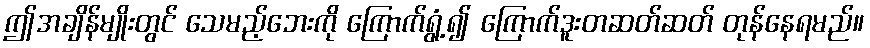
ဤအချိန်မျိုးတွင် သေမည့်ဘေးကို ကြောက်ရွံ့၍ ကြောက်ဒူးတဆတ်ဆတ် တုန်နေရမည်။